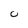
Character: u